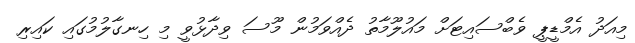
މިއަދު އެމްޑީޕީ ވެބްސައިޓަށް މައުލޫމާތު ދެއްވަމުން މޫސަ ވިދާޅުވީ މި ހިނގާލުމުގައި ކައިރި